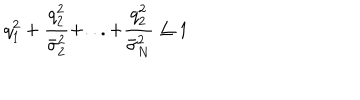
q _ { 1 } ^ { 2 } + \frac { q _ { 2 } ^ { 2 } } { \bar { \sigma } _ { 2 } ^ { 2 } } + . . . + \frac { q _ { 2 } ^ { 2 } } { \bar { \sigma } _ { N } ^ { 2 } } \leq 1